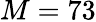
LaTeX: M=73